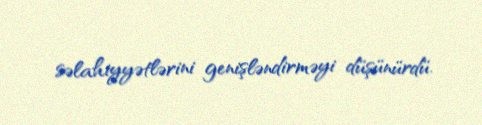
səlahiyyətlərini genişləndirməyi düşünürdü.